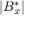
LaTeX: | B _ { x } ^ { * } |